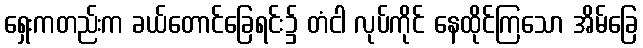
ရှေးကတည်းက ခယ်တောင်ခြေရင်း၌ တံငါ လုပ်ကိုင် နေထိုင်ကြသော အိမ်ခြေ